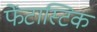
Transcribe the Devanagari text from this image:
फेंटास्टिक